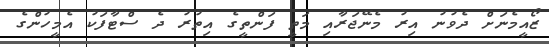
ޒޯއީމެނަށް ދެވުނު އިރު މެނޭޖަރާއި މަތީ ފަންތީގެ އިތުރު ދެ ސްޓާފަކު އެމީހުންގެ